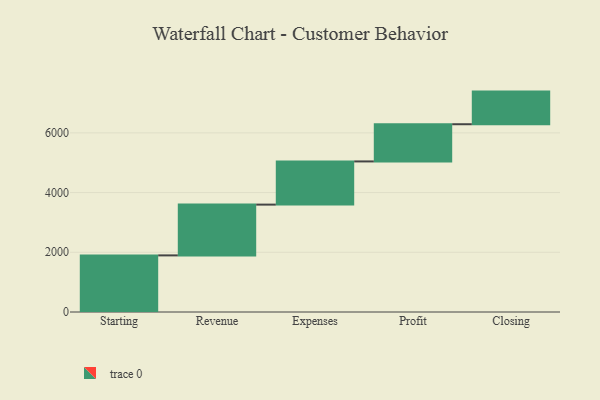
{"axis": {"x": "Step", "y": "Value"}, "legend": [""], "data": [{"x": "Starting", "y": 1896.0, "type": ""}, {"x": "Revenue", "y": 1701.0, "type": ""}, {"x": "Expenses", "y": 1446.0, "type": ""}, {"x": "Profit", "y": 1246.0, "type": ""}, {"x": "Closing", "y": 1093.0, "type": ""}]}